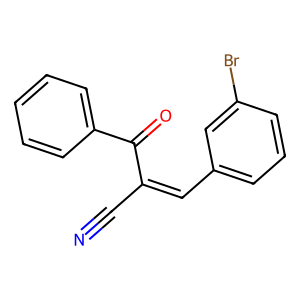
SMILES: N#CC(=Cc1cccc(Br)c1)C(=O)c1ccccc1
Inhibits HIV replication: No